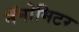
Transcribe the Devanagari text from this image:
नॅनोमिटर